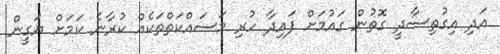
އަދި އިގުތިސާދީ ގޮތުން ގައުމަށް ފައިދާ ހުރި މަސައްކަތްތަކެއް ކުރާނެ ކަމަށް ޔަގީން